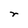
Character: r